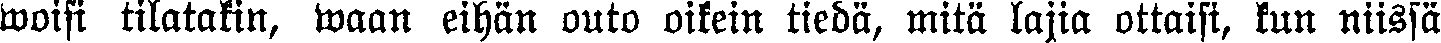
woisi tilatakin, waan eihän outo oikein tiedä, mitä lajia ottaisi, kun niissä